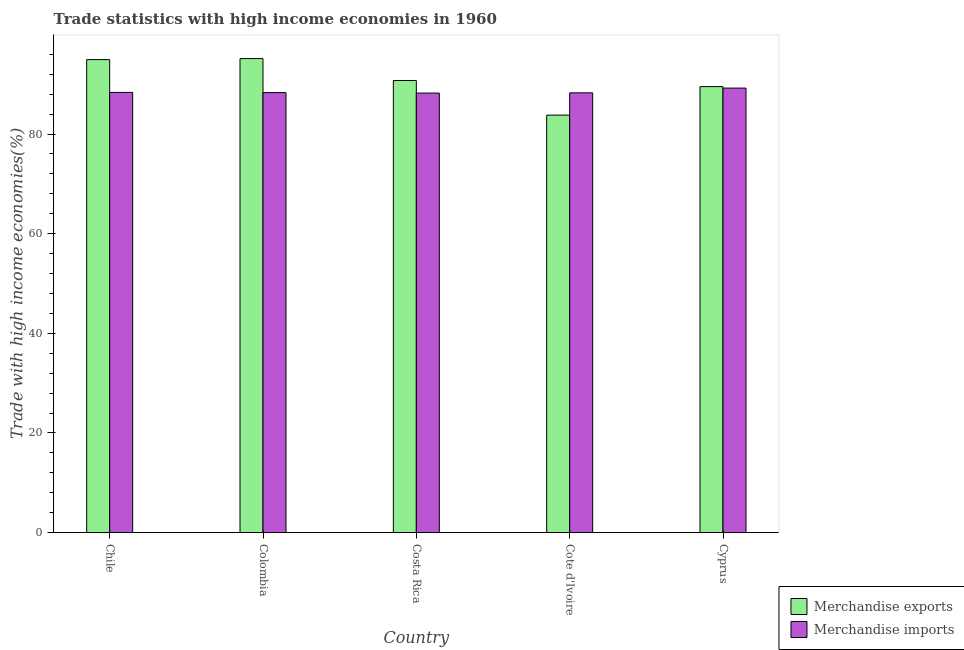
| Country | Merchandise exports | Merchandise imports |
 | --- | --- | --- |
 | Chile | 94.9 | 88.4 |
 | Colombia | 95.1 | 88.3 |
 | Costa Rica | 90.7 | 88.2 |
 | Cote d'Ivoire | 83.8 | 88.3 |
 | Cyprus | 89.5 | 89.2 |